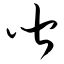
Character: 皆